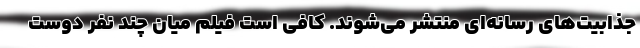
جذابيت‌هاي رسانه‌اي منتشر مي‌شوند. كافي است فيلم ميان چند نفر دوست